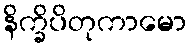
နိက္ခိပိတုကာမော